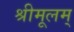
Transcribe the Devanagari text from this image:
श्रीमूलम्